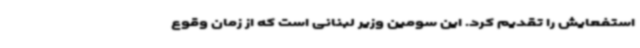
استفعایش را تقدیم کرد. این سومین وزیر لبنانی است که از زمان وقوع